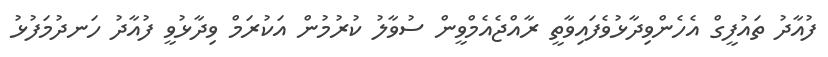
ފުއާދު ތައުފީގް އެހެންވިދާޅުވެފައިވާތީ ރާއްޖެއެމްވީން ސުވާލު ކުރުމުން އަކުރަމް ވިދާޅުވީ ފުއާދު ހަނދުމަފުޅު